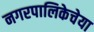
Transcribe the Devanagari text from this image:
नगरपालिकेचेया